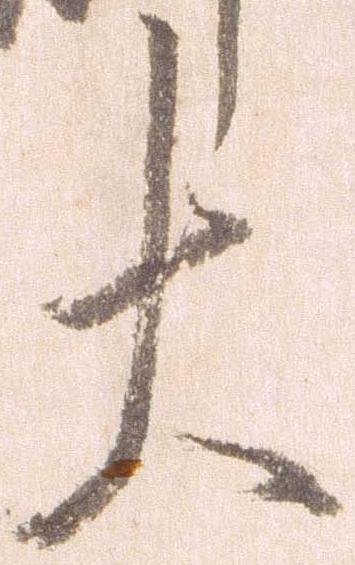
大